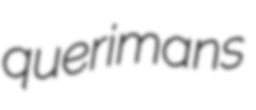
querimans